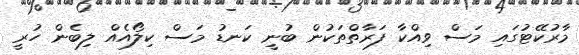
މާރުކޭޓުގައި މަސް ވިއްކާ ފަރާތްތަކުން ބުނީ ކަނޑު މަސް ކިލޯއެއް ލިބެން ހުރީ